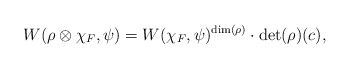
\begin{align*} W(\rho\otimes\chi_F,\psi)=W(\chi_F,\psi)^{\rm{dim}(\rho)}\cdot \det(\rho)(c), \end{align*}